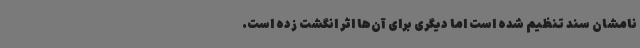
نامشان سند تنظیم شده است اما دیگری برای آن‌ها اثر انگشت زده است.